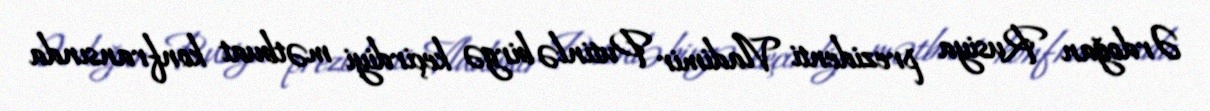
Ərdoğan Rusiya prezidenti Vladimir Putinlə birgə keçirdiyi mətbuat konfransında